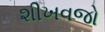
શીખવજો